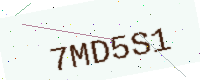
Text: 7MD5S1